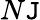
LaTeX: N\mathtt{J}